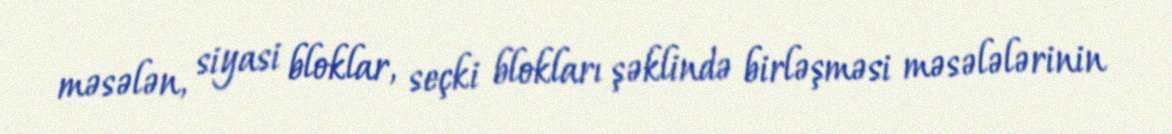
məsələn, siyasi bloklar, seçki blokları şəklində birləşməsi məsələlərinin